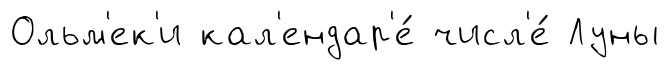
Ольм'ек'и кал'ендар'е́ числ'е́ Луны